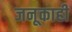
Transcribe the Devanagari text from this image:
जनूकाही